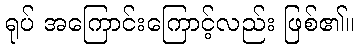
ရုပ် အကြောင်းကြောင့်လည်း ဖြစ်၏။